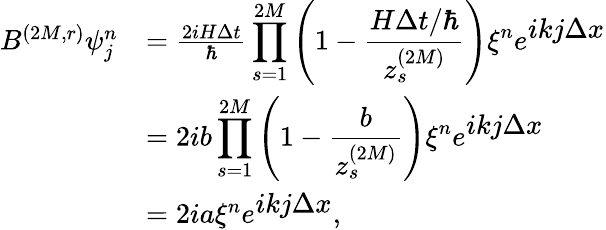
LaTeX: \begin{array}{rl}{B^{(2M,r)}\psi_{j}^{n}}&{=\frac{2iH\Delta t}{\hbar}\displaystyle\prod_{s=1}^{2M}\left(1-\frac{H\Delta t/\hbar}{z_{s}^{(2M)}}\right)\xi^{n}e^{\textstyle ikj\Delta x}}\\ &{=2ib\displaystyle\prod_{s=1}^{2M}\left(1-\frac{b}{z_{s}^{(2M)}}\right)\xi^{n}e^{\textstyle ikj\Delta x}}\\ &{=2ia\xi^{n}e^{\textstyle ikj\Delta x},}\end{array}